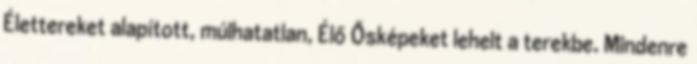
Élettereket alapított, múlhatatlan, Élő Ősképeket lehelt a terekbe. Mindenre